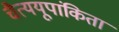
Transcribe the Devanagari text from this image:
चैत्ययूपांकिता